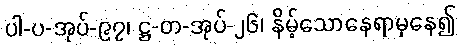
ပါ-ပ-အုပ်-၉၇၊ ဋ္ဌ-တ-အုပ်-၂၆၊ နိမ့်သောနေရာမှနေ၍